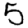
Digit: 5